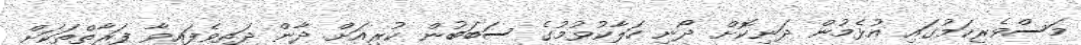
މަސްވެރިކަމުގައި އުޅެމުން ދަނިކޮށް ދޯނި ހަލާކުވުމުގެ ސަބަބުން ކުރިއަށް ދާން ދަތިވެފައިވާ ފަރާތްތަކަށް